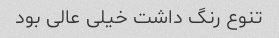
تنوع رنگ داشت خیلی عالی بود